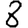
Digit: 8